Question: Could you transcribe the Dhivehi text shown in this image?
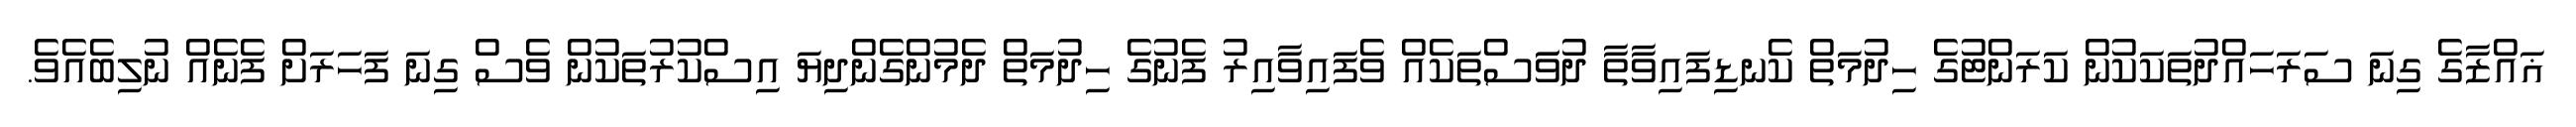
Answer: ޣައްޒާގެ ގިނަ ސަރަހައްދުތަކަކުން ކަރަންޓުގެ ހިދުމަތް ކެނޑިފައިވާތާ ދުވަަސްތަކެއް ވެފައިވާއިރު ފެނުގެ ހިދުމަތް ދެމުންގެންދިޔަ އިސްކުރުތަކުން ވެސް ގިނަ ފަހަރަށް ފެނެއް ނުލިބެއެވެ.